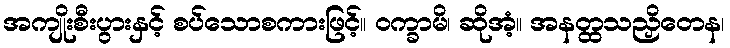
အကျိုးစီးပွားနှင့် စပ်သောစကားဖြင့်။ ဝက္ခာမိ၊ ဆိုအံ့။ အနတ္ထသညှိတေန၊